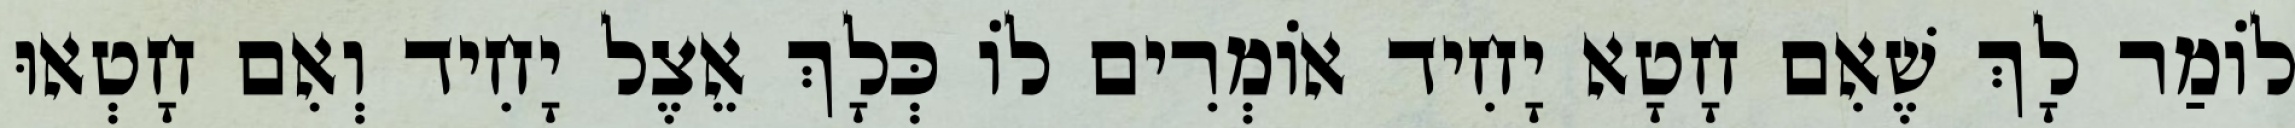
לוֹמַר לָךְ שֶׁאִם חָטָא יָחִיד אוֹמְרִים לוֹ כְּלָךְ אֵצֶל יָחִיד וְאִם חָטְאוּ